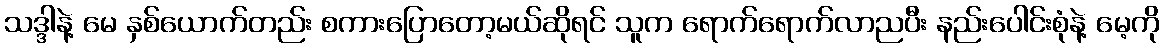
သဒ္ဒါနဲ့ မေ နှစ်ယောက်တည်း စကားပြောတော့မယ်ဆိုရင် သူက ရောက်ရောက်လာညပီး နည်းပေါင်းစုံနဲ့ မေ့ကို